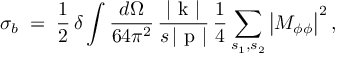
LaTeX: \sigma _ { b } \; = \; \frac { 1 } { 2 } \, \delta \int \frac { d \Omega } { 6 4 \pi ^ { 2 } } \, \frac { | { \mathrm { \boldmath ~ k ~ } } | } { s \, | { \mathrm { \boldmath ~ p ~ } } | } \, \frac { 1 } { 4 } \sum _ { s _ { 1 } , s _ { 2 } } \left| { \cal M } _ { \phi \phi } \right| ^ { 2 } ,